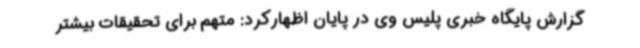
گزارش پایگاه خبری پلیس وی در پایان اظهارکرد: متهم برای تحقیقات بیشتر